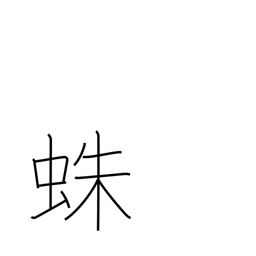
Meaning: spider